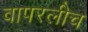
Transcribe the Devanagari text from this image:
वापरलीच